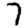
Digit: 7